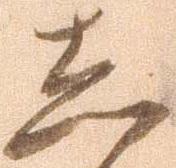
し